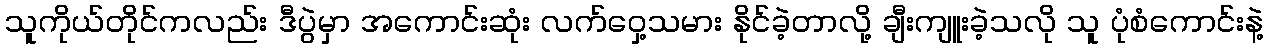
သူကိုယ်တိုင်ကလည်း ဒီပွဲမှာ အကောင်းဆုံး လက်ဝှေ့သမား နိုင်ခဲ့တာလို့ ချီးကျူးခဲ့သလို သူ ပုံစံကောင်းနဲ့